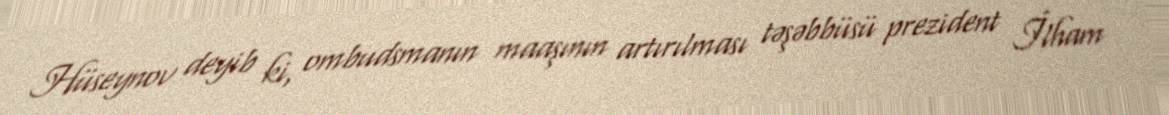
Hüseynov deyib ki, ombudsmanın maaşının artırılması təşəbbüsü prezident İlham